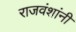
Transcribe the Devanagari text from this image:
राजवंशांनी